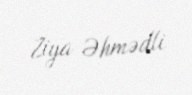
Ziya Əhmədli